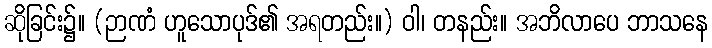
ဆိုခြင်း၌။ (ဉာဏံ ဟူသောပုဒ်၏ အရတည်း။) ဝါ၊ တနည်း။ အဘိလာပေ ဘာသနေ